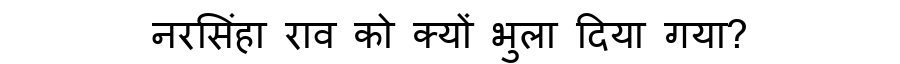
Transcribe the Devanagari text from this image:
नरसिंहा राव को क्यों भुला दिया गया?